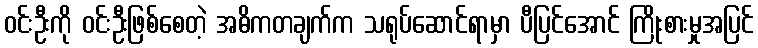
ဝင်းဦးကို ဝင်းဦးဖြစ်စေတဲ့ အဓိကတချက်က သရုပ်ဆောင်ရာမှာ ပီပြင်အောင် ကြိုးစားမှုအပြင်